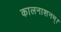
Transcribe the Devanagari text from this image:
कालनाशनम्।